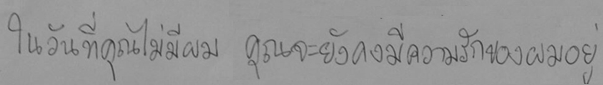
ในวันที่คุณไม่มีผม คุณจะยังคงมีความรักของผมอยู่